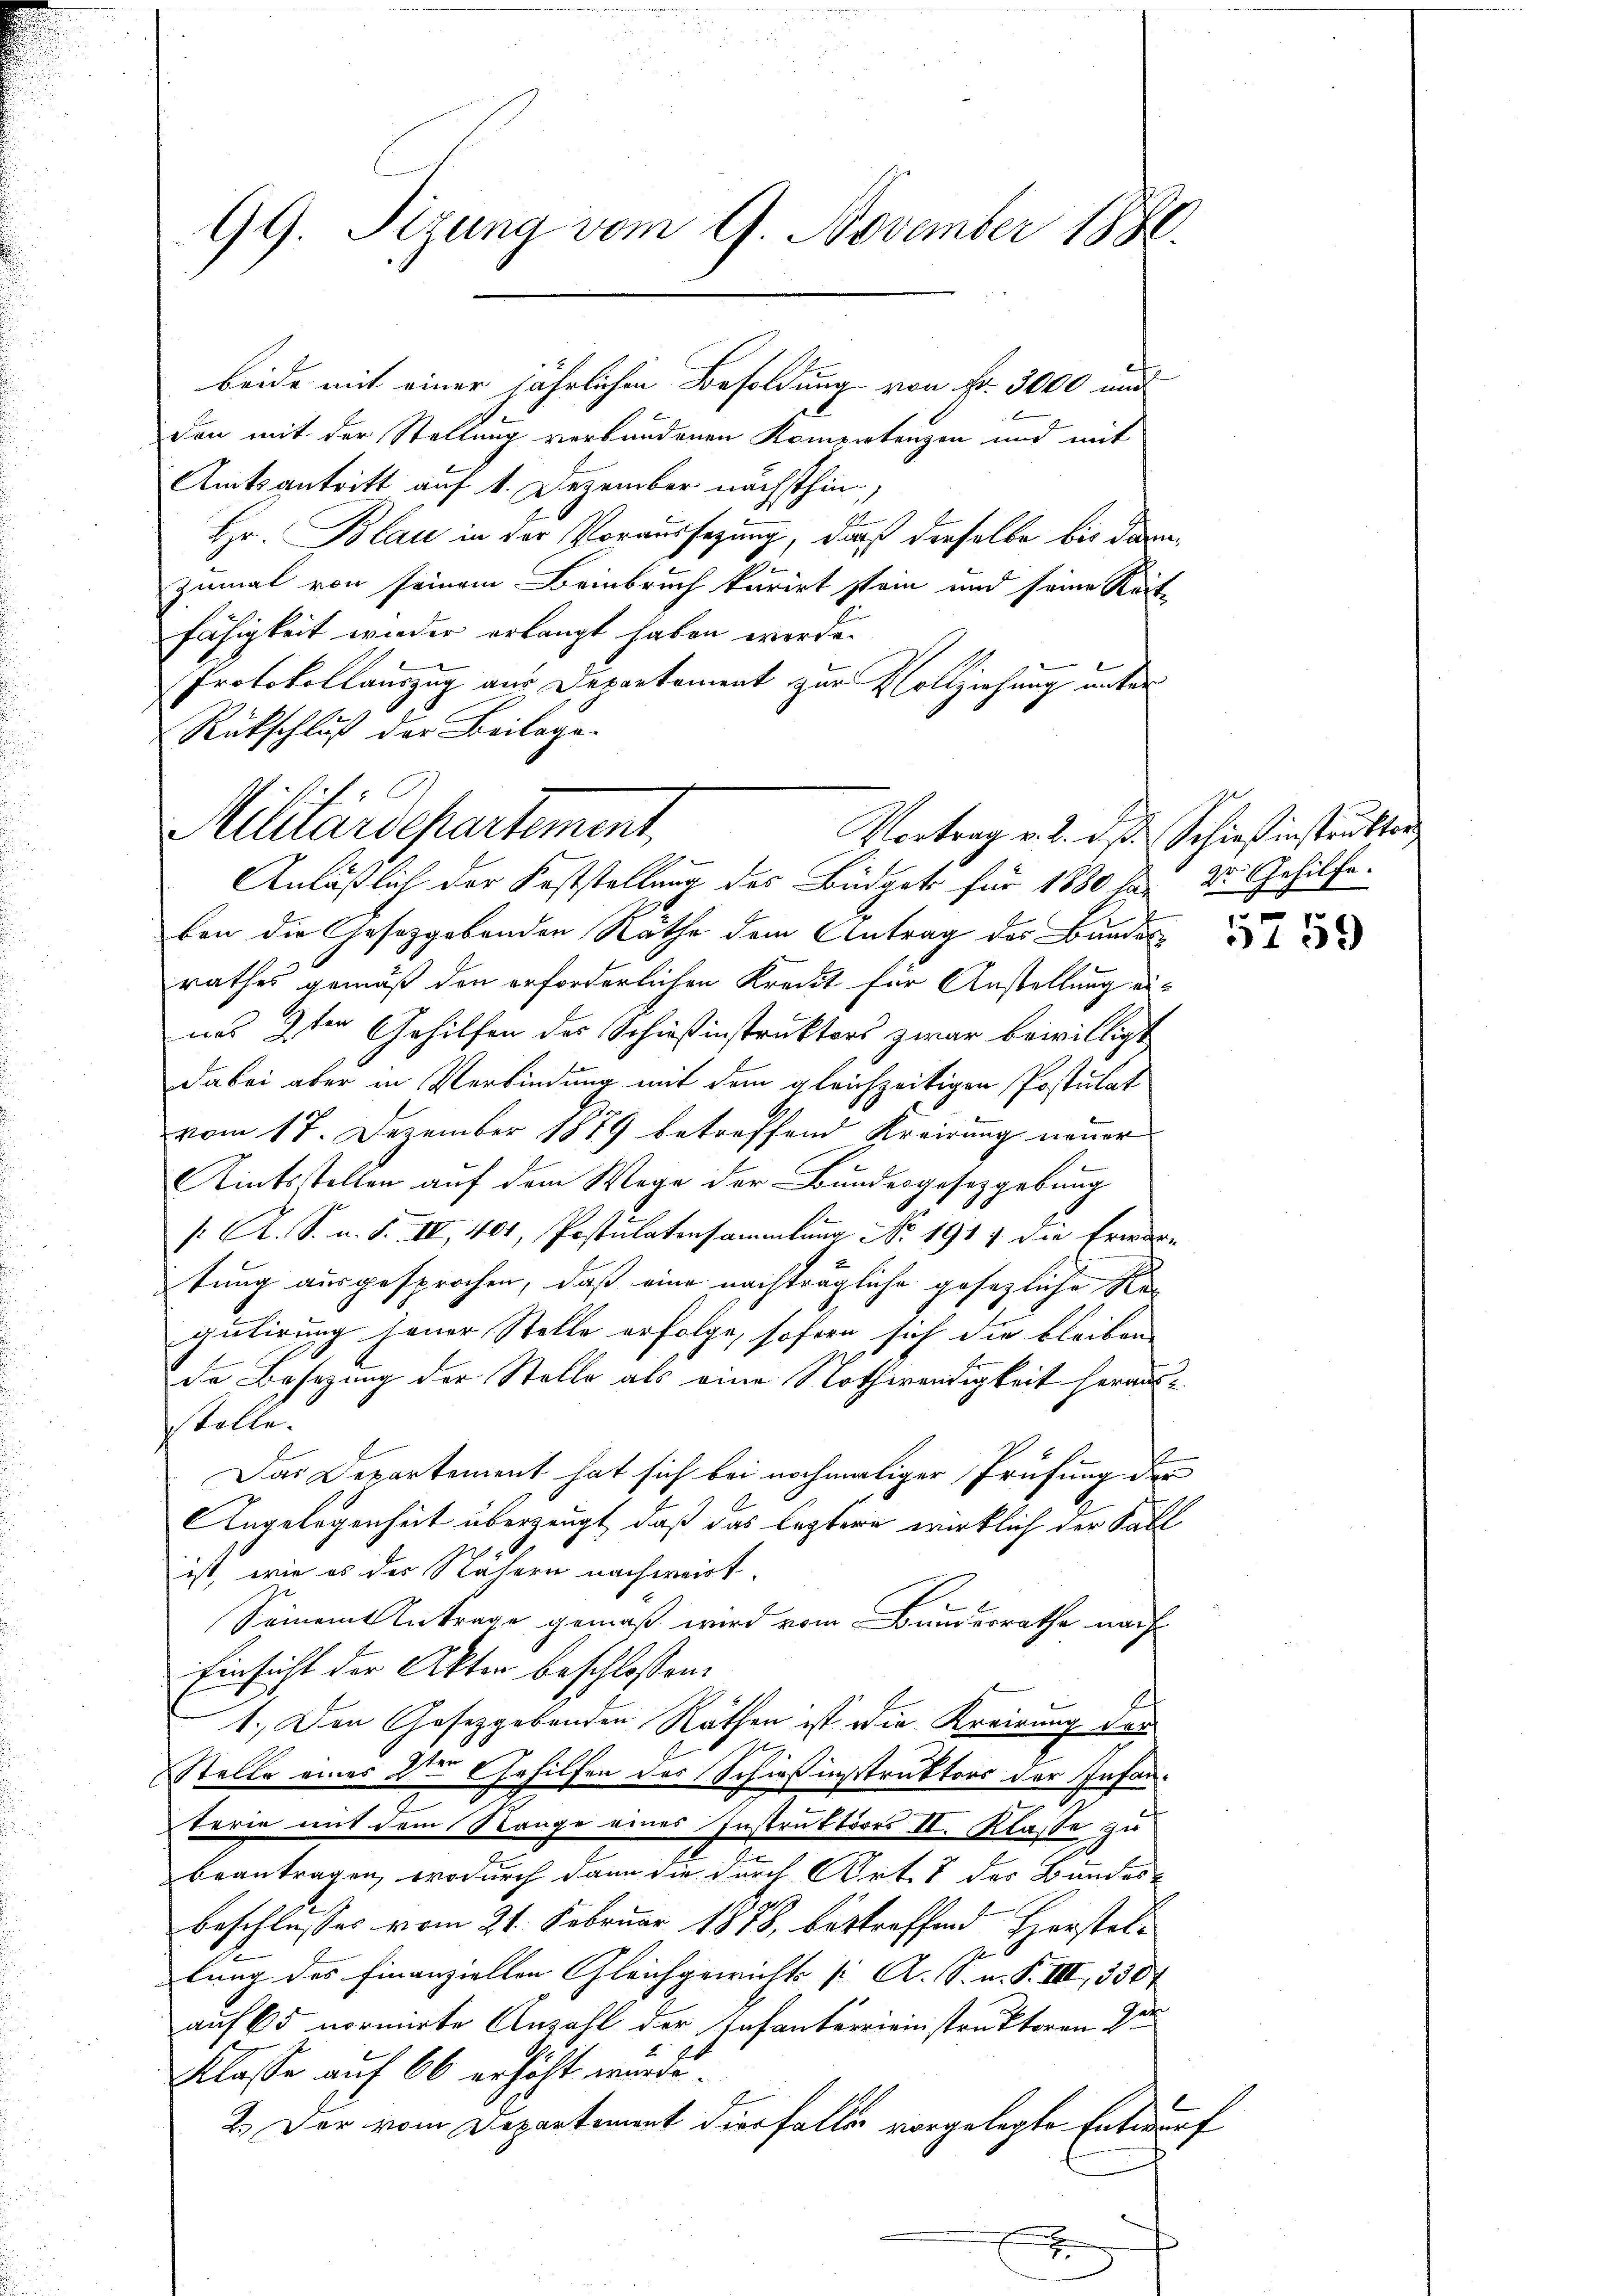
99. Sizung vom 9. November 1880.

beide mit einer jährlichen Besoldung von Fr. 3000 und

den mit der Stellung verbundenen Komentenzen und mit
Amtsantritt auf 1. Dezember nächsthin,
Hr. Blau in der Voraussetzung, daß derselbe bis darin
zumal von seinem Beinbruch kurirt stein und seine Reit-
fähigkeit wieder erlangt haben werde.
Protokollauszug aus Departement zur Vollziehung unter
.
Rückschluß der Beilage.
Anläßlich der Feststellung des Büdgets für 1880 das Dr. Gehilfeben die Gesetzgebenden Räthe dem Antrag des Bundes
rathes gemäß den erforderlichen Kredit für Anstellung eiwas 9ten Gehilfen des Schießinstruktors zwar bewilligt
dabei aber in Verbindung mit dem gleichzeitigen Postulat
vom 17. Dezember 1889 betreffend Kreisung neuer
Aintsstellen auf dem Wege der Bundesgesetzgebung
/. A. S. n. F. IV 401, Postulatersammlung No 1917 die Erwartung ausgesprochen, daß eine nachträgliche gesezliche Regutirung jener Stelle erfolge, sofern sich die bleiben
de Besezung der Stelle als eine Nothwendigkeit herausstolle.
Das Departement hat sich bei nochmaliger Prüfung der
Angelegenheit überzeugt, daß das leztere wirklich der Fäll
ist, wie es der Nähern nachweist.
Seiamt Antrage gemäß wird vom Bundesrathe nach
Einsicht der Akten beschlossen:
1.) Den Gesetzgebenden Räthen ist die Kreirung des
Stelle eines 2ten Gehilfen des Schießinstruktors der Infanterie mit dem Stange eines Instruktors II. Klasse zu
beantragen, wodurch dann die durch Ort & der Bundes
beschlusses vom 21. Februar 1878, bestreffend Herstellung des finanziellen Gleichgewichts [ A. S. n. F. III, 330
auf 65 normirte Anzahl der Infanterrieinstruktoren 2te
Klasse auf 60 erhöht wurde.
2.) Der vom Departement diesfaller vorgelegte Entwurf

G
Militärdepartement
Vortrag v. 2. ds. Schiesinstruktor

5759